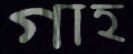
গাহ